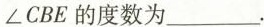
∠CBE的度数为___。